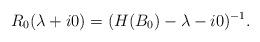
LaTeX: \begin{align*} R_0(\lambda+i0)= (H(B_0)-\lambda-i0)^{-1}.\end{align*}